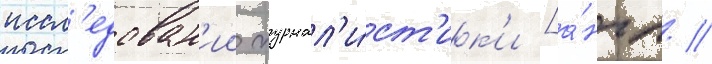
иссл'едован'ии журнал'и́ст'ик'и [а́нгл. /